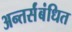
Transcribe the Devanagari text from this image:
अन्तर्संबंधित